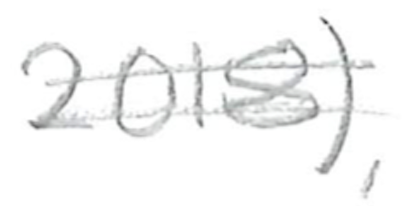
Text: 2018),
Cross-out: double-line
Writing tool: pencil